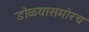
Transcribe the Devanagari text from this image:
डोळ्यासमोरच